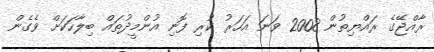
ރާއްޖޭގެ ރައްޔިތުން 2008 ވަނަ އަހަރު ކުރި ފޮނި އުންމީދުތައް ބިލާހަކަށް ވެގެން